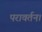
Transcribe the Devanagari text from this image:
परावर्तन।